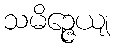
သမိဉ္ဇေယျ